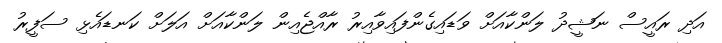
އަދި ރައީސް ނަޝީދު ލަންކާއަށް ވަޑައިގެންފައިވާއިރު ރާއްޖެއިން ލަންކާއަށް އަލަށް ކަނޑައެޅި ސަފީރު